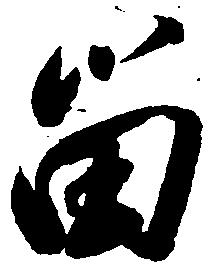
留